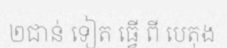
២ជាន់ ទៀត ធ្វើ ពី បេតុង